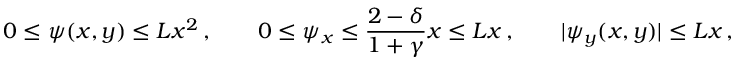
0 \leq \psi ( x , y ) \leq L x ^ { 2 } \, , \qquad 0 \leq \psi _ { x } \leq \frac { 2 - \delta } { 1 + \gamma } x \leq L x \, , \qquad | \psi _ { y } ( x , y ) | \leq L x \, ,